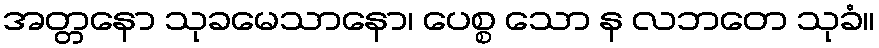
အတ္တနော သုခမေသာနော၊ ပေစ္စ သော န လဘတေ သုခံ။